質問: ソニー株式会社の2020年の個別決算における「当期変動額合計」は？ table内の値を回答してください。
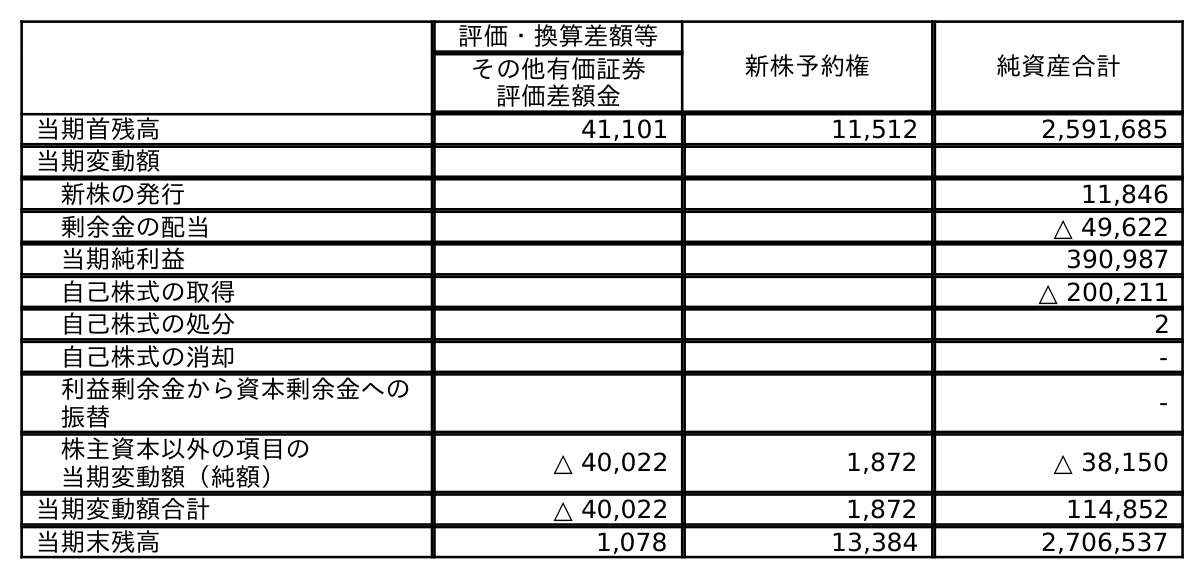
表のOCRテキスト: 評価・換算差額等 新株予約権 純資産合計 その他有価証券 評価差額金 当期首残高 41,101 11,512 2,591,685 当期変動額 新株の発行 11,846 剰余金の配当 △ 49,622 当期純利益 390,987 自己株式の取得 △ 200,211 自己株式の処分 2 自己株式の消却 - 利益剰余金から資本剰余金への 振替 - 株主資本以外の項目の 当期変動額（純額） △ 40,022 1,872 △ 38,150 当期変動額合計 △ 40,022 1,872 114,852 当期末残高 1,078 13,384 2,706,537
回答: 114,852